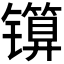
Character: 𬭾